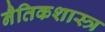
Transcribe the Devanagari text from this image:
नैतिकशास्त्र